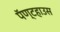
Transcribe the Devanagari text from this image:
पॅण्टहाउस